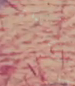
والاستماع